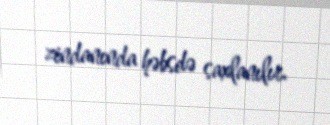
zindanında həbsdə saxlanılır.